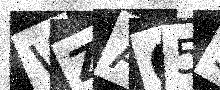
Text: WZA655